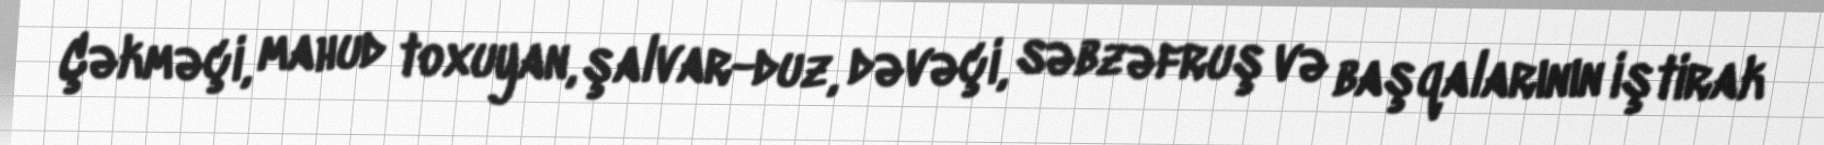
Çəkməçi, mahud toxuyan, şalvar-duz, dəvəçi, səbzəfruş və başqalarının iştirak